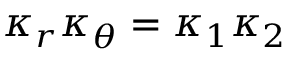
\kappa _ { r } \kappa _ { \theta } = \kappa _ { 1 } \kappa _ { 2 }